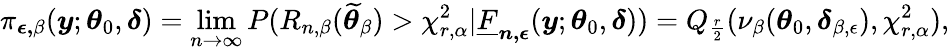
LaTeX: \pi_{\boldsymbol{\epsilon,}\beta}(\boldsymbol{y};\boldsymbol{\theta}_{0},\boldsymbol{\delta})=\operatorname*{lim}_{n\rightarrow\infty}P(R_{n,\beta}(\widetilde{\boldsymbol{\theta}}_{\beta})>\chi_{r,\alpha}^{2}|\underline{{F}}_{\boldsymbol{n,\epsilon}}(\boldsymbol{y};\boldsymbol{\theta}_{0},\boldsymbol{\delta}))=Q_{\frac{r}{2}}(\nu_{\beta}(\boldsymbol{\theta}_{0},\boldsymbol{\delta}_{\beta,\epsilon}),\chi_{r,\alpha}^{2}),